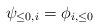
LaTeX: \begin{align*} \psi_{\le 0, i} = \phi_{i, \le 0} \end{align*}